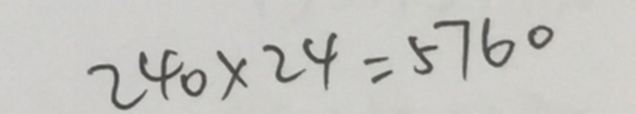
2 4 0 \times 2 4 = 5 7 6 0